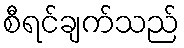
စီရင်ချက်သည်